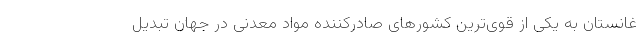
غانستان به یکی از قوی‌ترین کشورهای صادرکننده مواد معدنی در جهان تبدیل